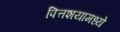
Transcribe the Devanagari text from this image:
पित्तशयामध्ये